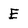
Character: E